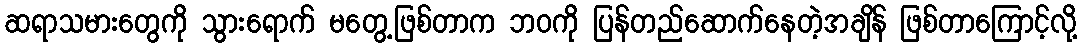
ဆရာသမားတွေကို သွားရောက် မတွေ့ဖြစ်တာက ဘဝကို ပြန်တည်ဆောက်နေတဲ့အချိန် ဖြစ်တာကြောင့်လို့